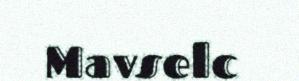
Mavselc